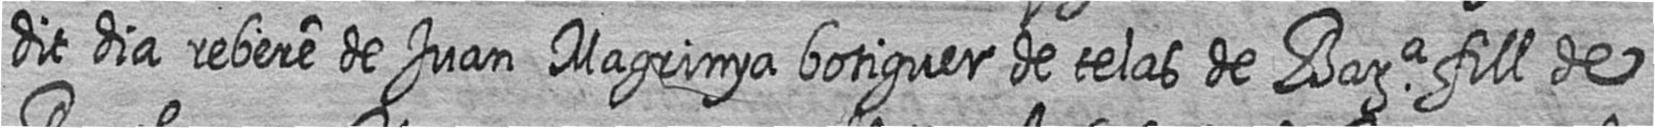
dit dia rebere de Juan Magrinya botiguer de telas de Bara fill de